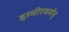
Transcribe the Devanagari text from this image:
हम्मीरवर्मन्